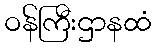
ဝန်ကြီးဌာနထံ